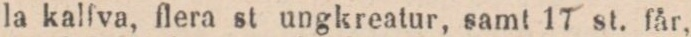
la kalfva, flera st ungkreatur, samt 17 st. får,